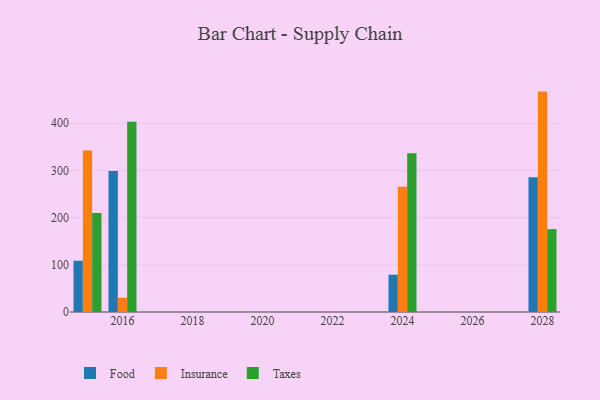
{"axis": {"x": "Year", "y": "Shipments"}, "legend": ["Food", "Insurance", "Taxes"], "data": [{"x": "2016", "y": 298.6, "type": "Food"}, {"x": "2016", "y": 30.3, "type": "Insurance"}, {"x": "2016", "y": 403.0, "type": "Taxes"}, {"x": "2015", "y": 108.7, "type": "Food"}, {"x": "2015", "y": 342.4, "type": "Insurance"}, {"x": "2015", "y": 209.7, "type": "Taxes"}, {"x": "2028", "y": 285.5, "type": "Food"}, {"x": "2028", "y": 467.1, "type": "Insurance"}, {"x": "2028", "y": 175.6, "type": "Taxes"}, {"x": "2024", "y": 79.0, "type": "Food"}, {"x": "2024", "y": 265.7, "type": "Insurance"}, {"x": "2024", "y": 336.4, "type": "Taxes"}]}